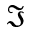
\Im